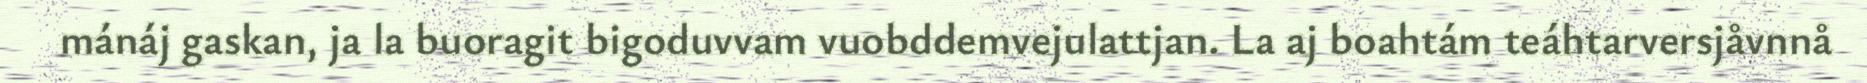
mánáj gaskan, ja la buoragit bigoduvvam vuobddemvejulattjan. La aj boahtám teáhtarversjåvnnå